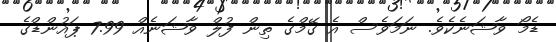
ޑެމޯ ވާޝަނެކެވެ. ނަމަވެސް އެ ގޭމްގެ ތިން ފުލް ވާޝަނެއް 7.99 ޕައުންޑްގެ